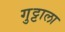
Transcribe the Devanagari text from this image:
गुट्टाला